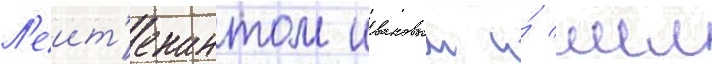
Л'еит'енантом ивановым и́ мл